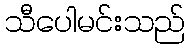
သီပေါမင်းသည်